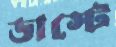
ডাস্টে